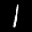
Label: 1